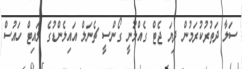
ސަލާ ދަތުރުކުރަމުން ދިޔަ ޖެޓް ގެއްލުނީ ގޯންސީ ޗެނަލް އައިލެންޑުގެ ލައިޓް ހައުސް